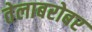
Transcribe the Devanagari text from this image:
तेलाबरोबर